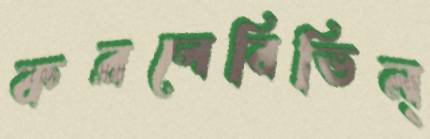
করলেবিভিন্